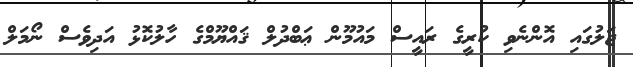
ޖަލުގައި އޮންނެވި ކުރީގެ ރައީސް މައުމޫން ޢަބްދުލް ޤައްޔޫމްގެ ހާލުކޮޅު އަދިވެސް ނޯމަލް